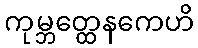
ကုမ္ဘတ္ထေနကေဟိ